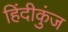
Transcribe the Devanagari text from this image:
हिंदीकुंज